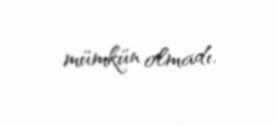
mümkün olmadı.